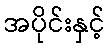
အပိုင်းနှင့်